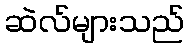
ဆဲလ်များသည်